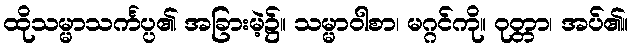
ထိုသမ္မာသင်္ကပ္ပ၏ အခြားမဲ့၌။ သမ္မာဝါစာ၊ မဂ္ဂင်ကို။ ဝုတ္တာ၊ အပ်၏။